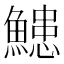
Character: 𮬌